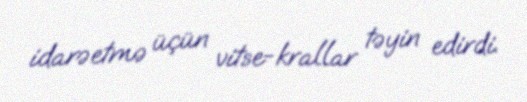
idarəetmə üçün vitse-krallar təyin edirdi.